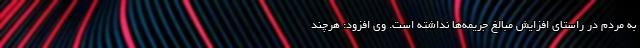
به مردم در راستای افزایش مبالغ جریمه‌ها نداشته است. وی افزود: هرچند